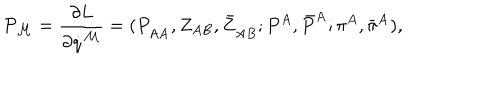
{ \cal P } _ { { \cal M } } = { \frac { \partial L } { \partial \dot { q } ^ { { \cal M } } } } = ( P _ { A \dot { A } } , Z _ { A B } , \bar { Z } _ { \dot { A } \dot { B } } ; P ^ { A } , \bar { P } ^ { \dot { A } } ; \pi ^ { A } , \bar { \pi } ^ { \dot { A } } ) ,